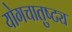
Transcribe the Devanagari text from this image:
योगचातुष्ट्य